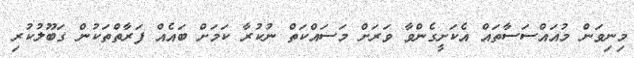
މިނިވަން މުއައްސަސާތައް އެކަށީގެންވާ ވަރަށް މަސައްކަތް ނުކުރާ ކަމަށް ބައެއް ފަރާތްތަކުން ގަބޫލުކުރި